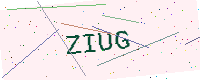
Text: ZIUG